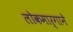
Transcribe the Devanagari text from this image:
लोकमार्गाने